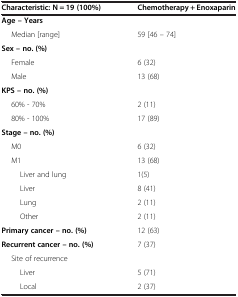
| Characteristic: N = 19 (100%) | Chemotherapy + Enoxaparin |
 | --- | --- |
 | Age – Years |  |
 | Median [range] | 59 [46 – 74] |
 | Sex – no. (%) |  |
 | Female | 6 (32) |
 | Male | 13 (68) |
 | KPS – no. (%) |  |
 | 60% - 70% | 2 (11) |
 | 80% - 100% | 17 (89) |
 | Stage – no. (%) |  |
 | M0 | 6 (32) |
 | M1 | 13 (68) |
 | Liver and lung | 1(5) |
 | Liver | 8 (41) |
 | Lung | 2 (11) |
 | Other | 2 (11) |
 | Primary cancer – no. (%) | 12 (63) |
 | Recurrent cancer – no. (%) | 7 (37) |
 | Site of recurrence |  |
 | Liver | 5 (71) |
 | Local | 2 (37) |